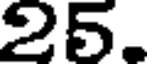
25.